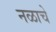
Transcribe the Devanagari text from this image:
नळाचे